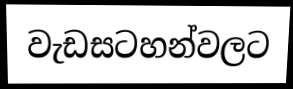
වැඩසටහන්වලට